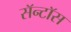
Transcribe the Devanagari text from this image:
सॅन्टाॅस